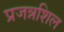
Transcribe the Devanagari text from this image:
प्रजन्नशिल